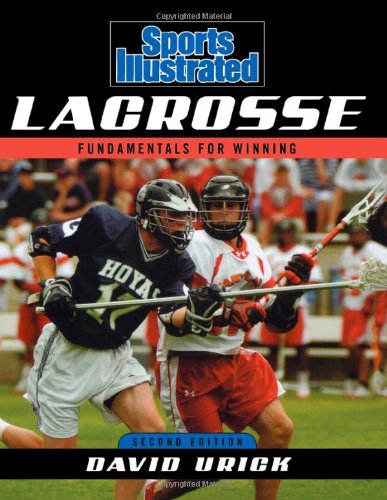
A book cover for Sports Illustrated Lacrosse: Fundamentals for Winning; David Urick; Sports & Outdoors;